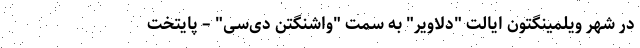
در شهر ویلمینگتون ایالت "دلاویر" به سمت "واشنگتن دی‌سی" – پایتخت